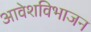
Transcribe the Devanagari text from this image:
आवेशविभाजन